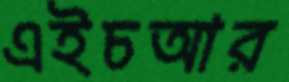
এইচআর